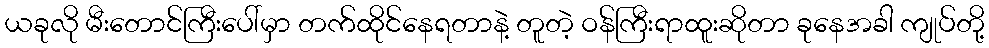
ယခုလို မီးတောင်ကြီးပေါ်မှာ တက်ထိုင်နေရတာနဲ့ တူတဲ့ ဝန်ကြီးရာထူးဆိုတာ ခုနေအခါ ကျုပ်တို့